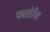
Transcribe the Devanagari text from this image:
फलोरेंस